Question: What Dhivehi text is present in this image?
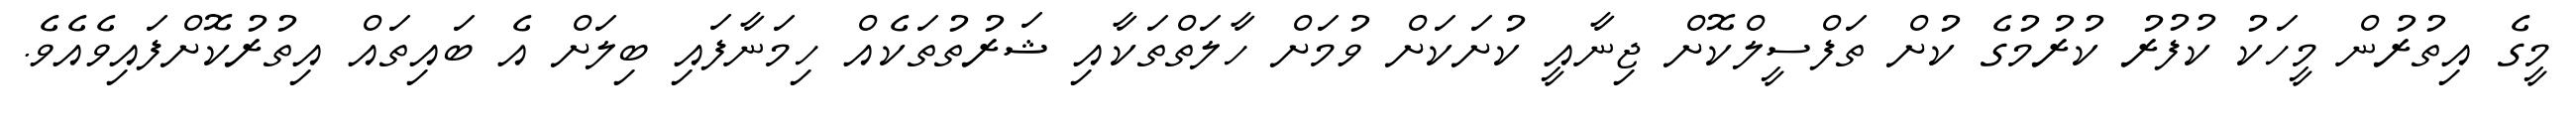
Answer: މީގެ އިތުރުން މީހަކު ކުފުރު ކުރުމުގެ ކުށް ތަފްސީލްކޮށް ޖިނާއީ ކުށަކަށް ވުމަށް ހާލަތްތަކާއި ޝަރުތުތަކެއް ހިމަނާފައި ބިލަށް އެ ބައިތައް އިތުރުކޮށްފައިވެއެވެ.